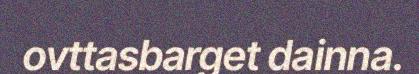
ovttasbarget dainna.